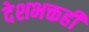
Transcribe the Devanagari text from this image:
देशभक्तही